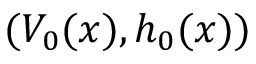
( V _ { 0 } ( x ) , h _ { 0 } ( x ) )